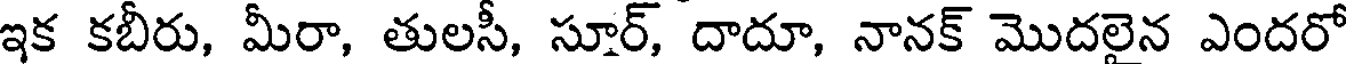
ఇక కబీరు, మీరా, తులసీ, సూర్, దాదూ, నానక్ మొదలైన ఎందరో